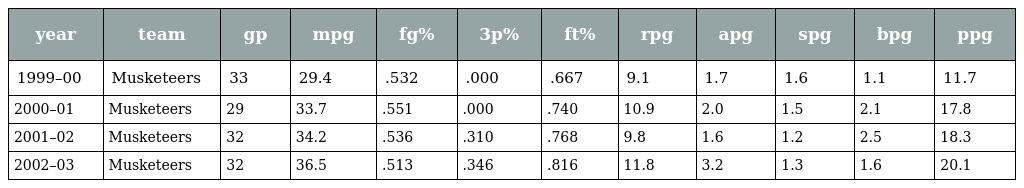
| year | team | gp | mpg | fg% | 3p% | ft% | rpg | apg | spg | bpg | ppg |
 | --- | --- | --- | --- | --- | --- | --- | --- | --- | --- | --- | --- |
 | 1999–00 | Musketeers | 33 | 29.4 | .532 | .000 | .667 | 9.1 | 1.7 | 1.6 | 1.1 | 11.7 |
 | 2000–01 | Musketeers | 29 | 33.7 | .551 | .000 | .740 | 10.9 | 2.0 | 1.5 | 2.1 | 17.8 |
 | 2001–02 | Musketeers | 32 | 34.2 | .536 | .310 | .768 | 9.8 | 1.6 | 1.2 | 2.5 | 18.3 |
 | 2002–03 | Musketeers | 32 | 36.5 | .513 | .346 | .816 | 11.8 | 3.2 | 1.3 | 1.6 | 20.1 |